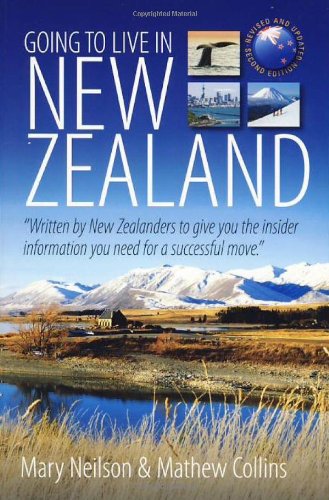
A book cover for Going to Live in New Zealand, 2nd Edition: Written by New Zealanders to Give You the Insider Information You Need for a Successful Move; Mary Neilson; Travel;